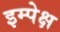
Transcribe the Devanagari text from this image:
इम्पेक्ष